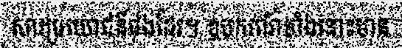
សារប្រយោជន៍ផងដែរ។ ឧបករណ៍ទាំងនោះមាន